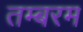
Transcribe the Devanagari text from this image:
तम्बरम